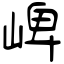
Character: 崥